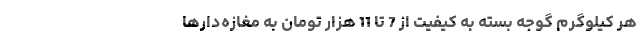
هر کیلوگرم گوجه بسته به کیفیت از 7 تا 11 هزار تومان به مغازه‌دارها